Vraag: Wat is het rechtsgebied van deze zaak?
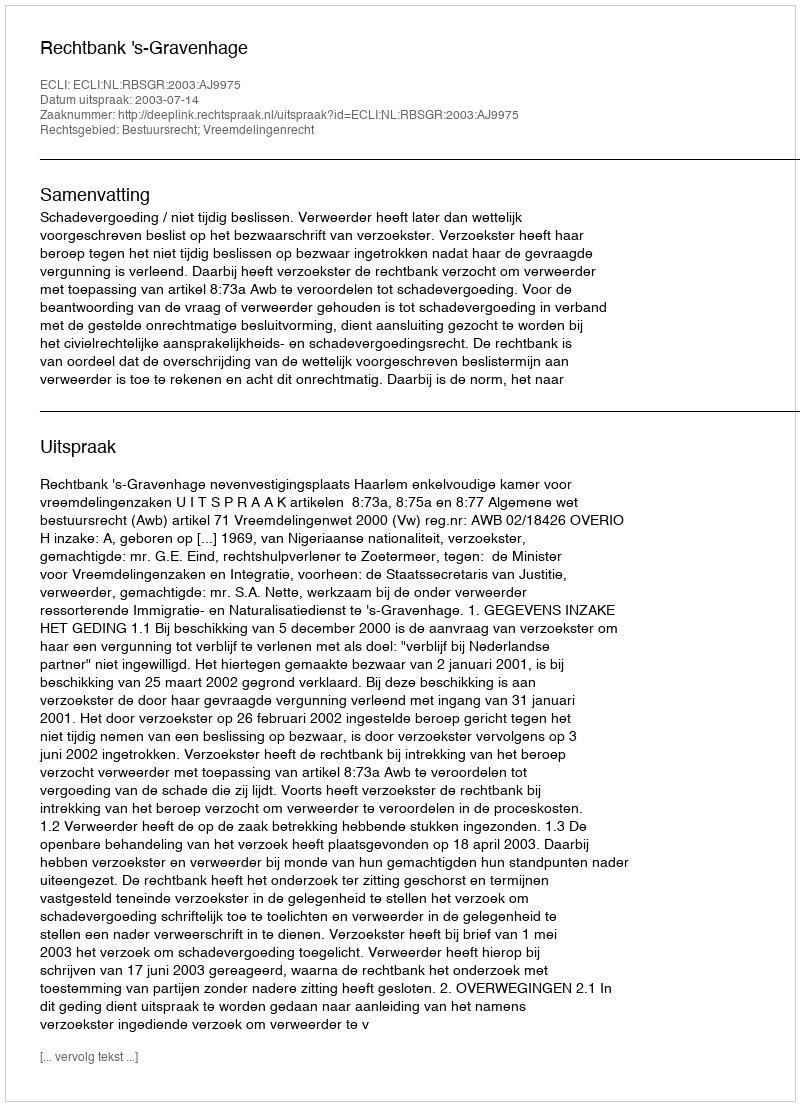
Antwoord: Bestuursrecht; Vreemdelingenrecht